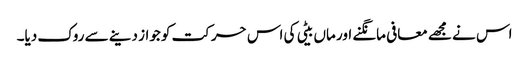
اس نے مجھے معافی مانگنے اور ماں بیٹی کی اس حرکت کو جواز دینے سے روک دیا۔